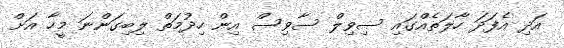
އަދި އެފަދަ ހާލަތެއްގައި ސިވިލް ސާވިސް އިން ހިދުމަތް ލިބިގަންނަ މީހާ އަށް